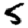
Digit: 5